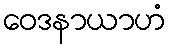
ဝေဒနာယာဟံ